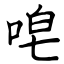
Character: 唣